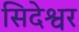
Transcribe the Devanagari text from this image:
सिदेश्वर